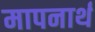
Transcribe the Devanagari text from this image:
मापनार्थ